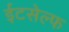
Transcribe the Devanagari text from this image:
ईटसेल्फ